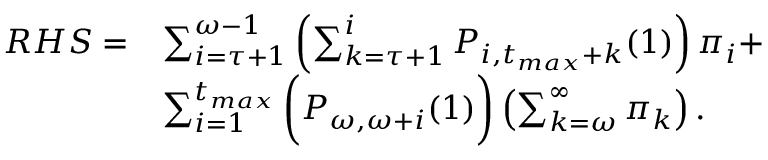
\begin{array} { r l } { R H S = } & { \sum _ { i = \tau + 1 } ^ { \omega - 1 } \left( \sum _ { k = \tau + 1 } ^ { i } P _ { i , t _ { m a x } + k } ( 1 ) \right) \pi _ { i } + } \\ & { \sum _ { i = 1 } ^ { t _ { m a x } } \bigg ( P _ { \omega , \omega + i } ( 1 ) \bigg ) \left( \sum _ { k = \omega } ^ { \infty } \pi _ { k } \right) . } \end{array}